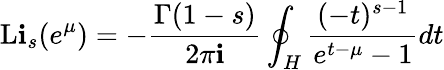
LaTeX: \operatorname{L\mathbf{i}}_{s}(e^{\mu})=-{\frac{{\Gamma(1-s)}}{{2\pi\mathbf{i}}}}\oint_{H}{\frac{{(-t)^{s-1}}}{{e^{t-\mu}-1}}}dt